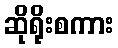
ဆိုရိုးစကား